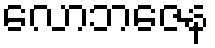
လောဘဇေန